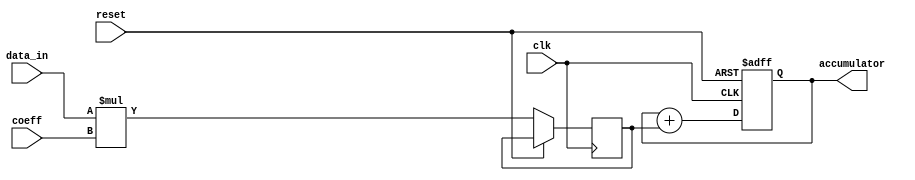
module iir_filter_accumulator (
  input clk,
  input reset,
  input signed [15:0] data_in,
  input signed [15:0] coeff,
  output reg signed [31:0] accumulator
);

reg signed [15:0] filtered_data;

always @(posedge clk or posedge reset) begin
  if (reset) begin
    accumulator <= 0;
  end else begin
    filtered_data <= data_in * coeff;
    accumulator <= accumulator + filtered_data;
  end
end

endmodule